Report of the Bombay Veterinary College
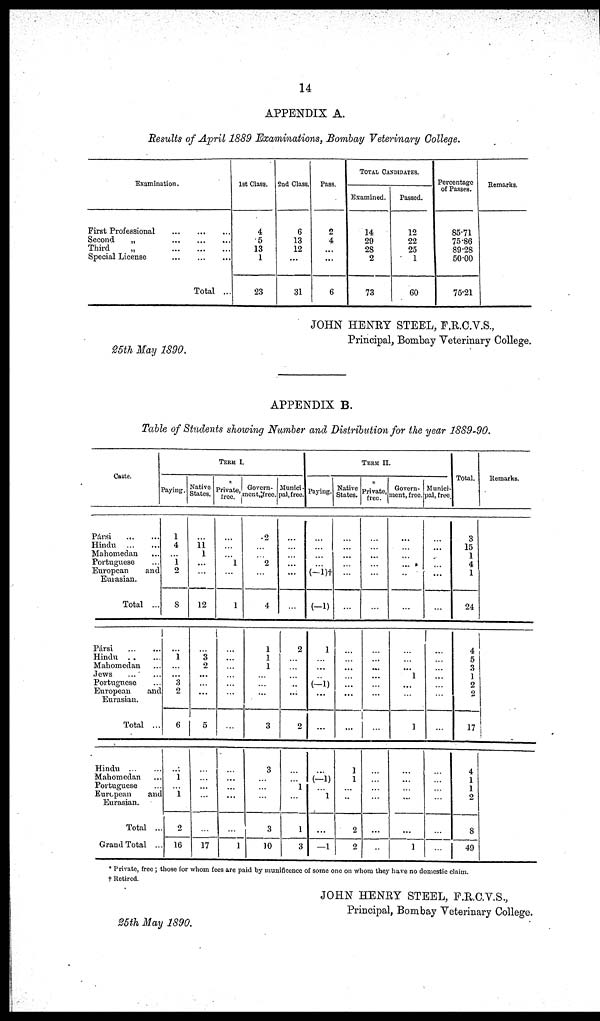
14
APPENDIX A.
Results of April 1889 Examinations, Bombay Veterinary College.
Examination.
First Professional
Second „
Third
„
Special License
Total ...
1st Class.
4
5
13
1
23
2nd Class.
6
13
12
...
31
Pass.
2
4
...
...
6
TOTAL CANDIDATES.
Examined.
14
29
28
2
73
Passed.
12
22
25
1
60
Percentage
of Passes.
85.71
75.86
89.28
50.00
75.21
Remarks.
25th May 1890.
JOHN HENRY STEEL, F.R.C.V.S.,
Principal, Bombay Veterinary College.
APPENDIX B.
Table of Students showing Number and Distribution for the year 1889-90.
Caste.
TERM I.
Paying. Native
States. *
Private,
free.
Govern-
ment, free.
Munici-
pal, free.
TERM II.
Paying. Native
States.
*
Private,
free.
Govern-
ment, free.
Munici-
pal, free.
Total.
Remarks.
Pársi
...
...
Hindu ... ...
Mahomedan
Portuguese
European
and
Eurasian.
Total ...
1
4
...
1
2
8
...
11
1
...
...
12
...
...
...
1
...
1
2
...
...
2
...
4
...
...
...
...
...
...
...
...
...
... (-1)†
(-1)
...
...
...
...
...
...
...
...
...
...
...
...
...
...
...
...
...
...
...
...
...
...
...
...
3
15
1
4
1
24
Pársi
...
...
Hindu...
...
Mahomedan
Jews... ...
Portuguese
European
and
Eurasian.
Total ...
...
1
...
... 3
2
6
...
3
2
...
...
...
5
...
...
...
...
...
...
...
1
1
1
...
...
3
2
...
...
...
...
...
2
1
...
...
...
(-1)
...
...
...
...
...
...
...
...
...
...
...
...
...
...
...
...
...
...
... 1
...
...
1
...
...
...
...
...
...
...
4
5
3
1
2
2
17
Hindu
...
...
Mahomedan...
Portuguese
European
and
Eurasian.
Total ...
Grand Total ...
... 1
... 1
2
16
...
...
...
...
...
17
... ...
...
...
...
1
3
...
...
...
3
10
...
...
1
...
1
3
...
(-1)
...
...
...
—1
1
1
...
...
2
2
...
...
...
...
...
...
...
...
...
...
...
1
...
...
...
...
...
...
4
1
1
2
8
49
* Private, free ; those for whom fees are paid by munificence of some one on whom they have no domestic claim.
† Retired.
JOHN HENRY STEEL, F.R.C.V.S.,
Principal, Bombay Veterinary College.
25th May 1890.